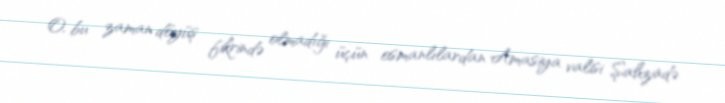
O, bu zaman döyüş fikrində olmadığı üçün osmanlılardan Amasiya valisi Şahzadə